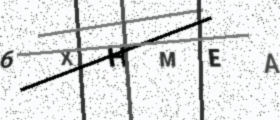
Text: 6XHMEA